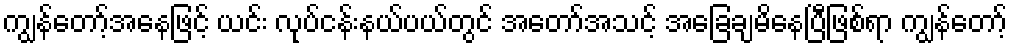
ကျွန်တော့်အနေဖြင့် ယင်း လုပ်ငန်းနယ်ပယ်တွင် အတော်အသင့် အခြေချမိနေပြီဖြစ်ရာ ကျွန်တော့်